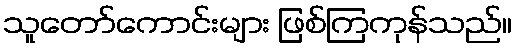
သူတော်ကောင်းများ ဖြစ်ကြကုန်သည်။